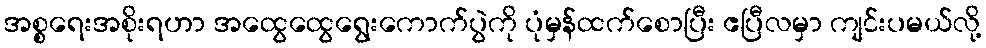
အစ္စရေးအစိုးရဟာ အထွေထွေရွေးကောက်ပွဲကို ပုံမှန်ထက်စောပြီး ဧပြီလမှာ ကျင်းပမယ်လို့